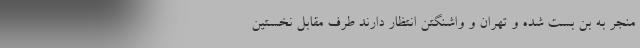
منجر به بن بست شده و تهران و واشنگتن انتظار دارند طرف مقابل نخستین